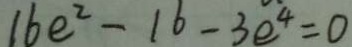
1 6 e ^ { 2 } - 1 6 - 3 e ^ { 4 } = 0